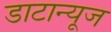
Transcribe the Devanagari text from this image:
डाटान्यूज